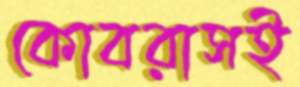
কোবরাসই